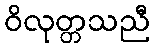
ဝိလုတ္တသညီ